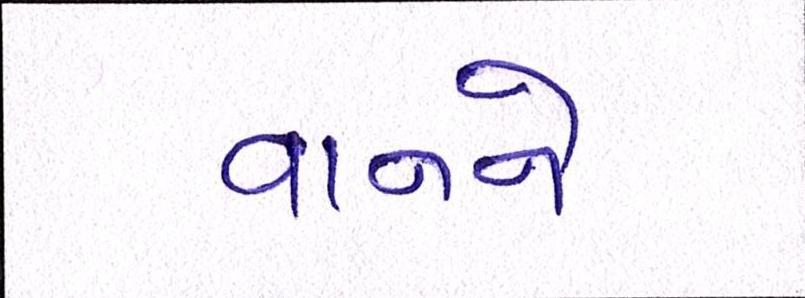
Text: વાનને